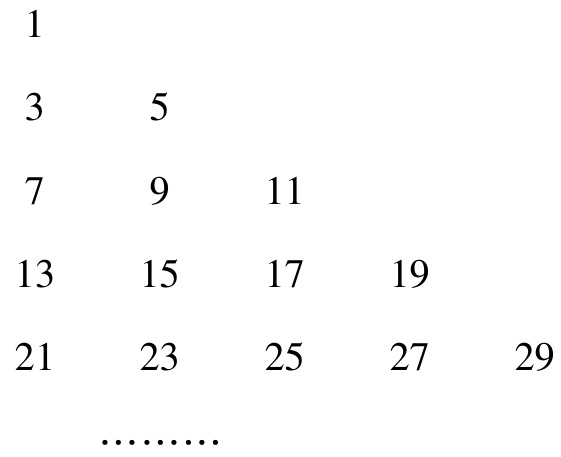
\begin{align*}

&1\\

&3\quad5\\

&7\quad9\quad11\\

&13\quad15\quad17\quad19\\

&21\quad23\quad25\quad27\quad29\\

&\cdots\cdots

\end{align*}